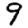
Digit: 9